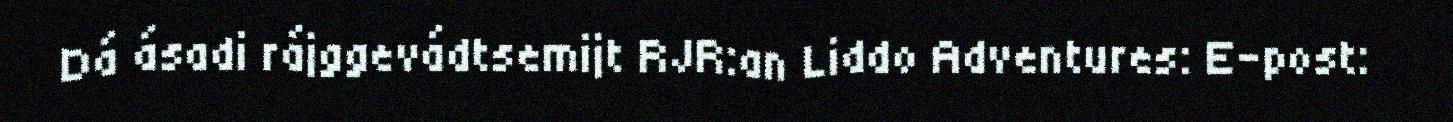
Dá ásadi rájggevádtsemijt RJR:an Liddo Adventures: E-post: